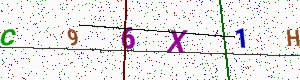
Text: C96X1H